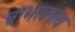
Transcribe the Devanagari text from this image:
बाभखनाथ